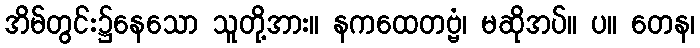
အိမ်တွင်း၌နေသော သူတို့အား။ နကထေတဗ္ဗံ၊ မဆိုအပ်။ ပ။ တေန၊